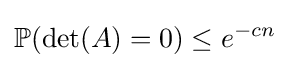
\mathbb {P} (\det(A)=0)\leq e^{-cn}